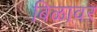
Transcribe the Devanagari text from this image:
बिळावर